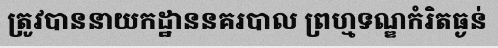
ត្រូវបាននាយកដ្ឋាននគរបាល ព្រហ្មទណ្ឌកំរិតធ្ងន់